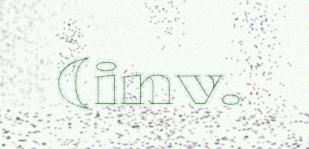
(inv.